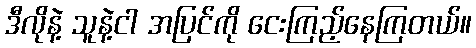
ဒီလိုနဲ့ သူနဲ့ငါ အပြင်ကို ငေးကြည့်နေကြတယ်။